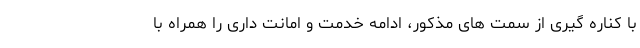
با کناره گیری از سمت های مذکور، ادامه خدمت و امانت داری را همراه با